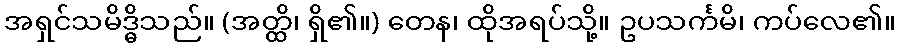
အရှင်သမိဒ္ဓိသည်။ (အတ္ထိ၊ ရှိ၏။) တေန၊ ထိုအရပ်သို့။ ဥပသင်္ကမိ၊ ကပ်လေ၏။